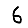
Digit: 6